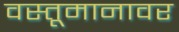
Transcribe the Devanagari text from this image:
वस्तूमानावर